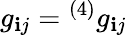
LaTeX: g_{\mathbf{i}j}={^{(4)}}g_{\mathbf{i}j}